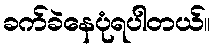
ခက်ခဲနေပုံရပါတယ်။